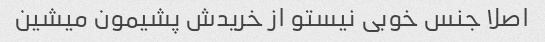
اصلا جنس خوبی نیستو از خریدش پشیمون میشین